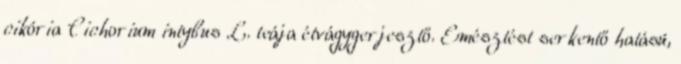
cikória Cichorium intybus L. teája étvágygerjesztő. Emésztést serkentő hatású,